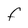
Character: F